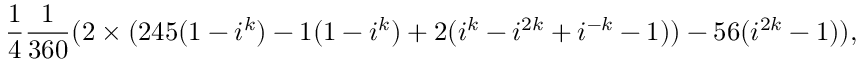
\frac { 1 } { 4 } \frac { 1 } { 3 6 0 } ( 2 \times ( 2 4 5 ( 1 - i ^ { k } ) - 1 ( 1 - i ^ { k } ) + 2 ( i ^ { k } - i ^ { 2 k } + i ^ { - k } - 1 ) ) - 5 6 ( i ^ { 2 k } - 1 ) ) ,